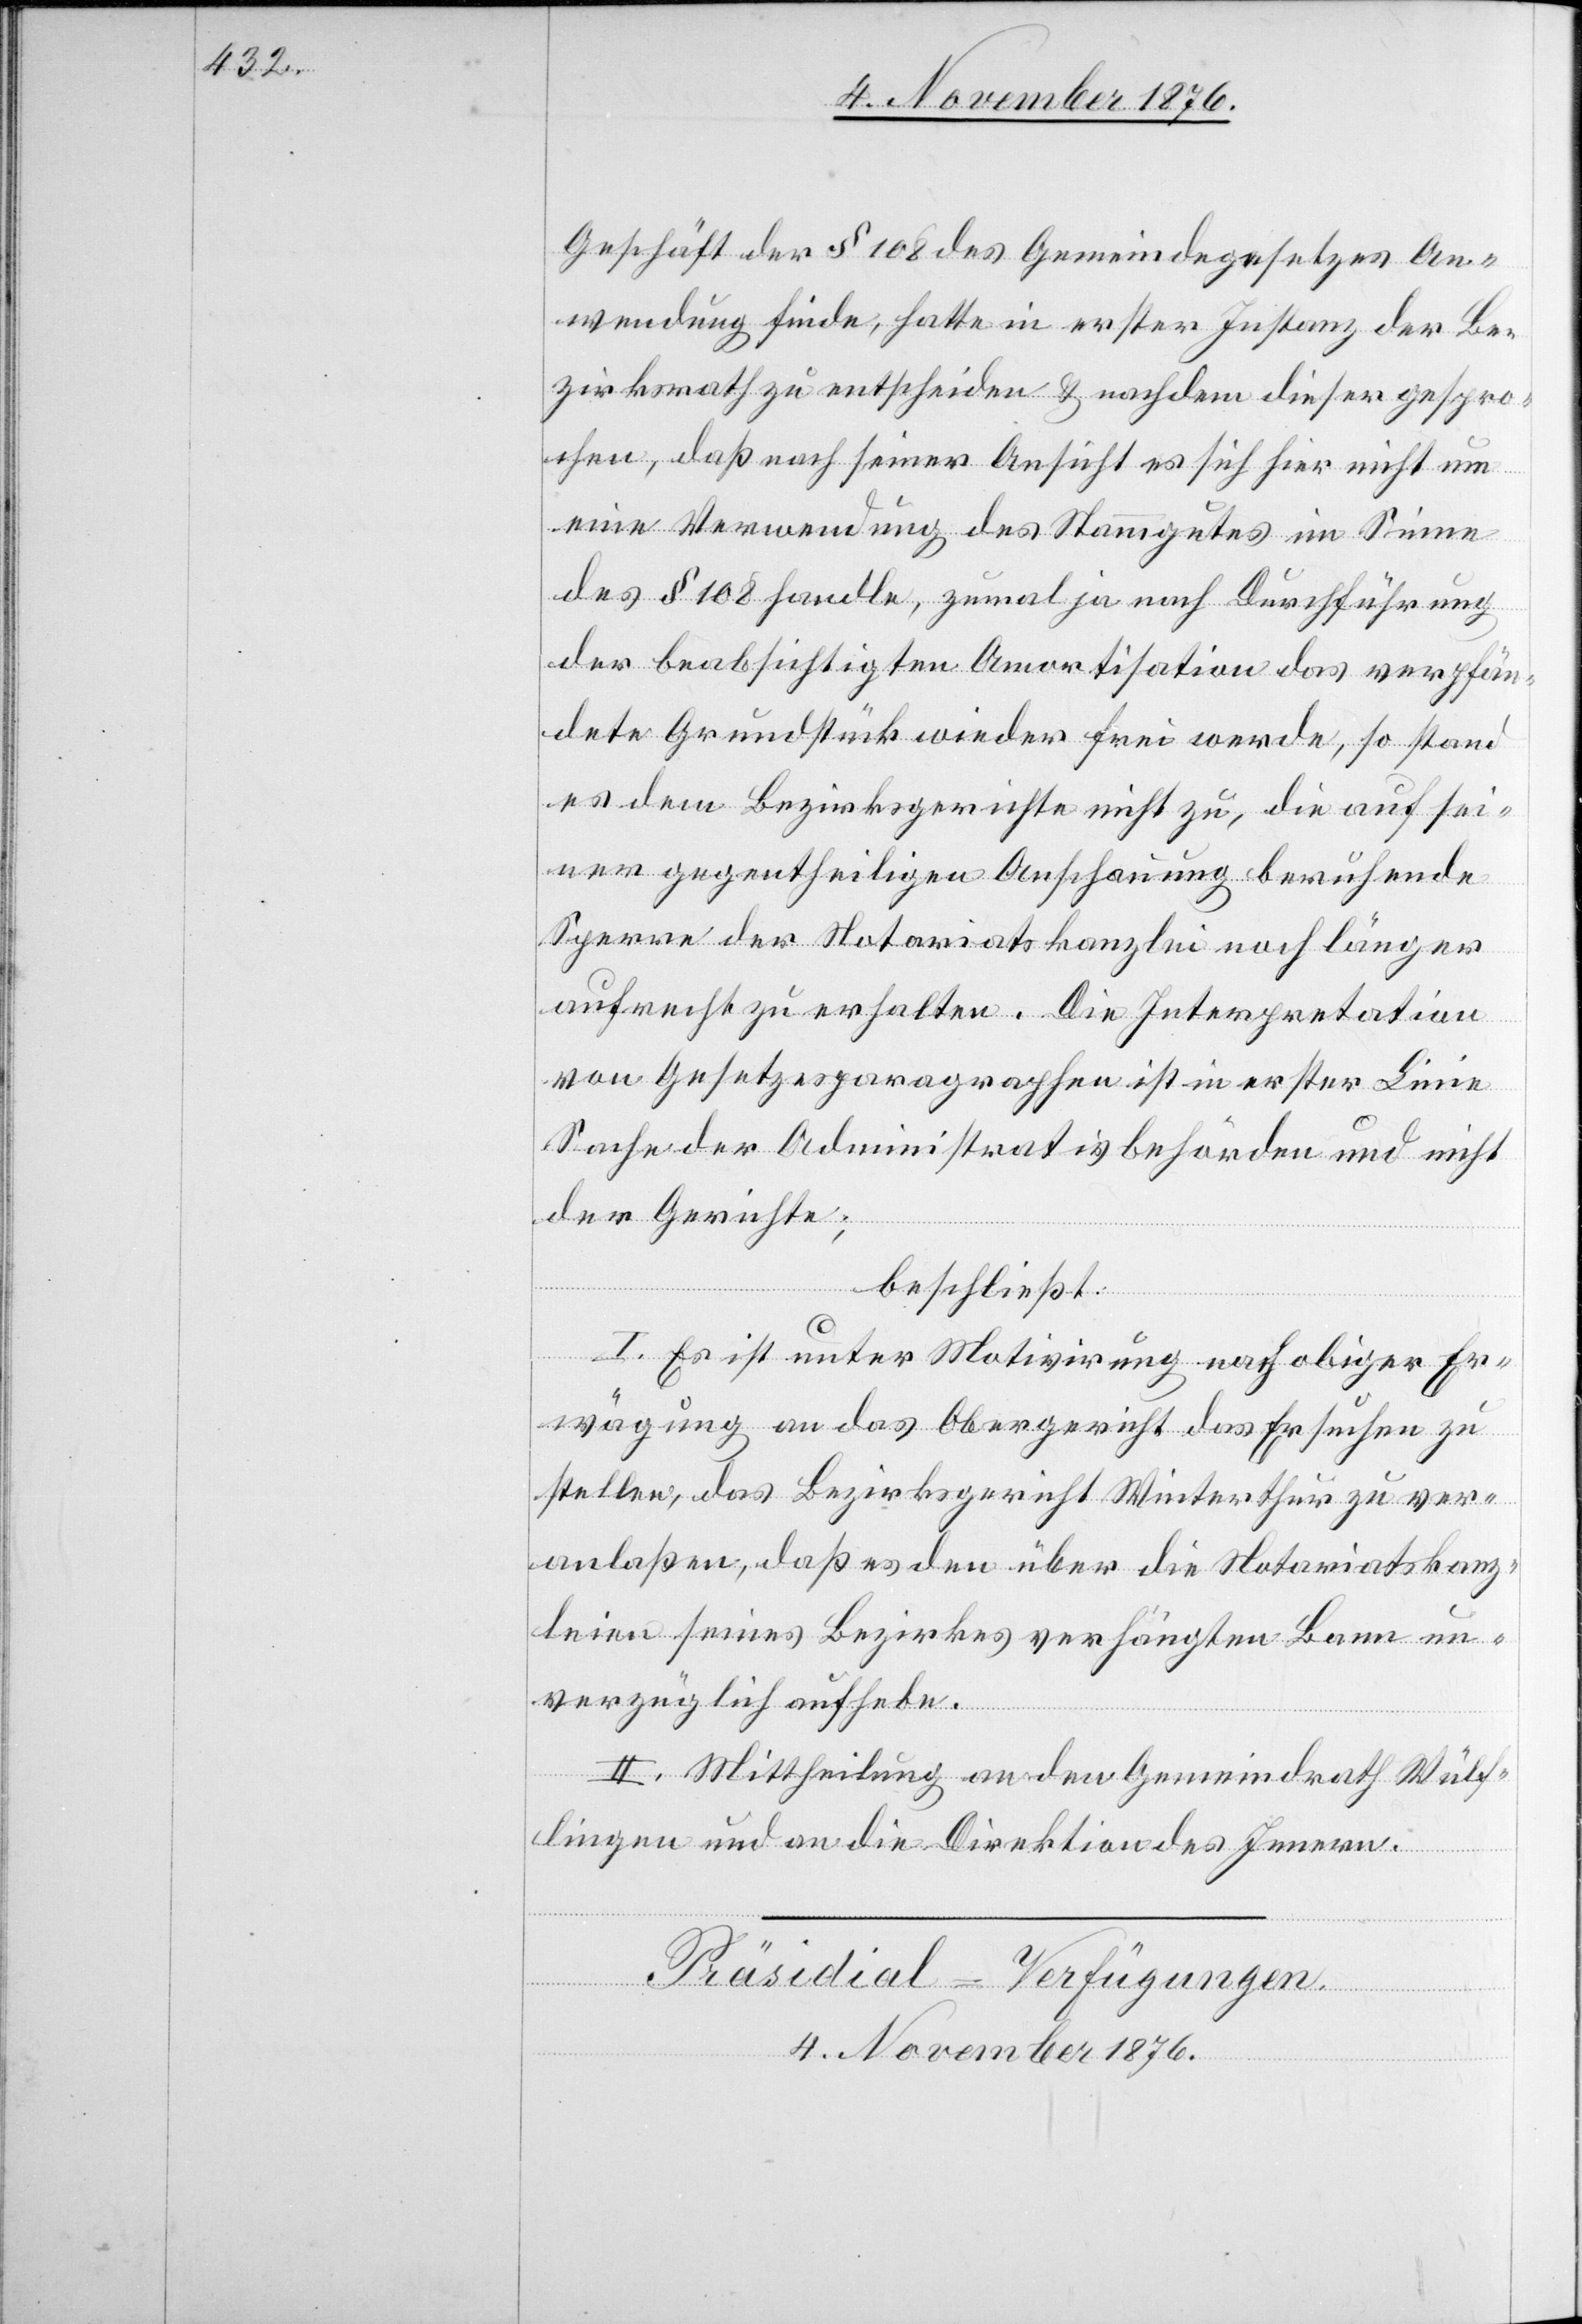
Geschäft der § 108 des Gemeindegesetzes An¬
wendung finde, hatte in erster Instanz der Be¬
zirksrath zu entscheiden & nachdem dieser gespro¬
chen, daß nach seiner Ansicht es sich hier nicht um
eine Verwendung des Stammgutes im Sinne
des § 108 handle, zumal ja nach Durchführung
der beabsichtigten Amortisation das verpfän¬
dete Grundstück wieder frei werde, so stand
es dem Bezirksgerichtes nicht zu, die auf sei¬
ner gegentheiligen Anschauung beruhende
Sperre der Notariatskanzlei noch länger
aufrecht zu erhalten. Die Interpretation
von Gesetzesparagraphen ist in erster Linie
Sache der Administrativbehörden und nicht
der Gerichte;
beschließt:
I. Es ist unter Motivirung nach obiger Er¬
wägung an das Obergericht das Ersuchen zu
tellen, das Bezirksgericht Winterthur zu ver¬
anlaßen, daß es den über die Notariatskanz¬
leien seines Bezirkes verhängten Bann un¬
verzüglich aufhebe.
II. Mittheilung an den Gemeindrath Wülf¬
lingen und an die Direktion des Innern.
Präsidial-Verfügungen.
4. November 1876.